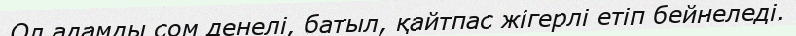
Ол адамды сом денелі, батыл, қайтпас жігерлі етіп бейнеледі.